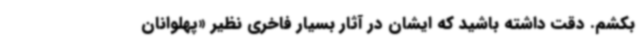
بکشم. دقت داشته باشید که ایشان در آثار بسیار فاخری نظیر «پهلوانان